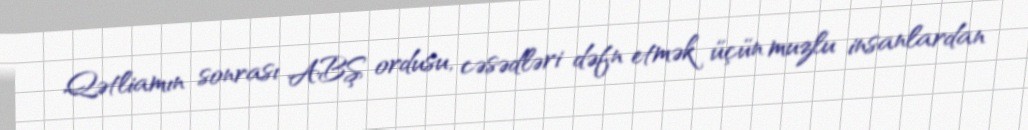
Qətliamın sonrası ABŞ ordusu, cəsədləri dəfn etmək üçün muzlu insanlardan